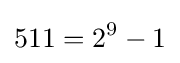
511=2^{9}-1